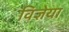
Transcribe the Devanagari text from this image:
विज्ञेया